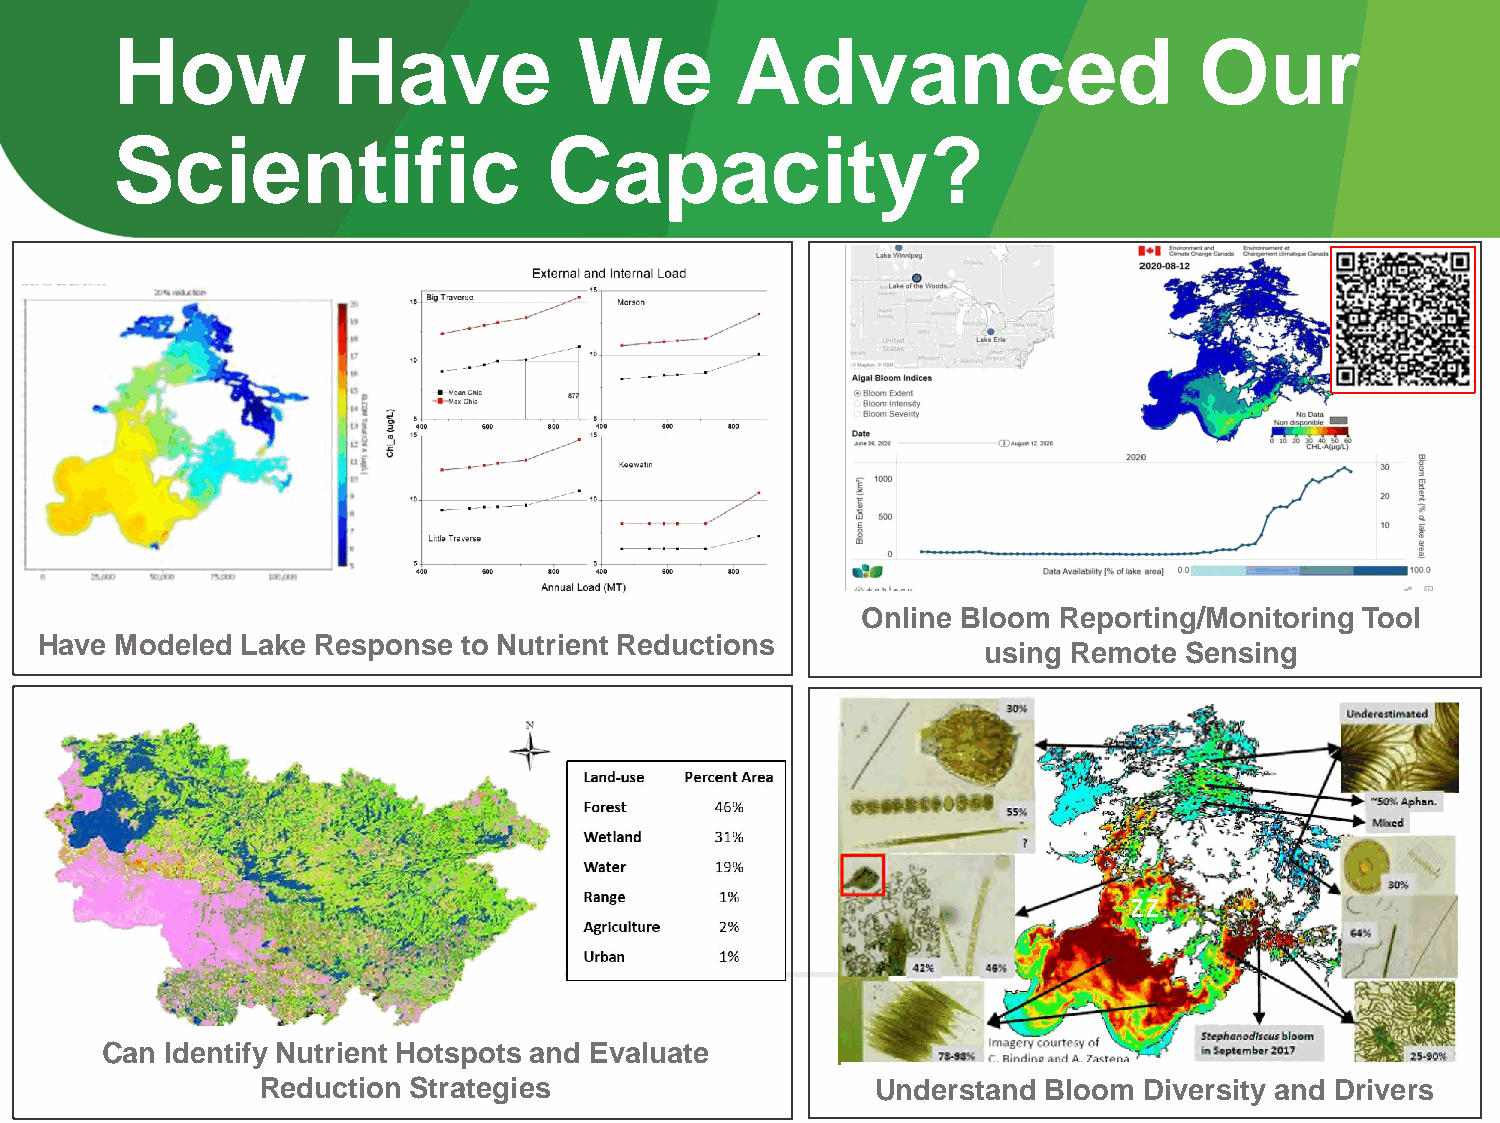
How            Have            We         Advanced                      Our
 Scientific                   Capacity?
 Online Bloom Reporting/Monitoring Tool
 Have  Modeled Lake Response  to Nutrient Reductions
 using Remote Sensing
 zz
 Can Identify Nutrient Hotspots and Evaluate
 Reduction Strategies                     Understand Bloom  Diversity and Drivers